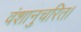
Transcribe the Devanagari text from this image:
वंशानुचरित।